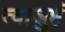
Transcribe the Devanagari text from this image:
त्वाजुष्टं